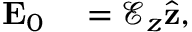
\begin{array} { r l } { \mathbf { E } _ { 0 } } & { { } = \mathcal { E } _ { z } \hat { \mathbf { z } } , } \end{array}